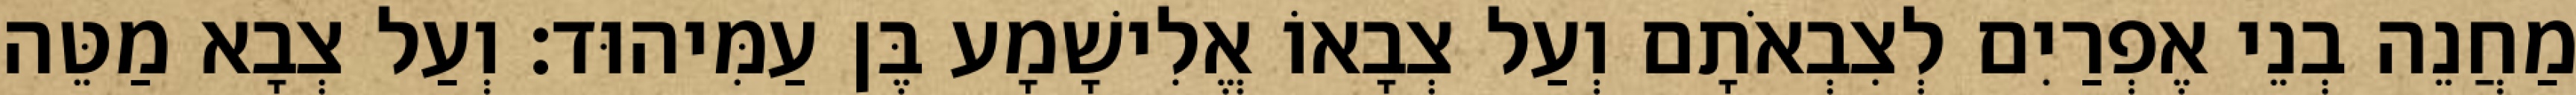
מַחֲנֵה בְנֵי אֶפְרַיִם לְצִבְאֹתָם וְעַל צְבָאוֹ אֱלִישָׁמָע בֶּן עַמִּיהוּד׃ וְעַל צְבָא מַטֵּה